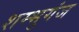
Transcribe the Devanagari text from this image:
शम्भुगंज